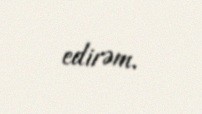
edirəm.